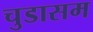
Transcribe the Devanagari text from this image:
चुडासम